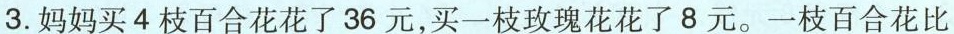
3. 妈妈买4枝百合花花了36元，买一枝玫瑰花花了8元。一枝百合花比